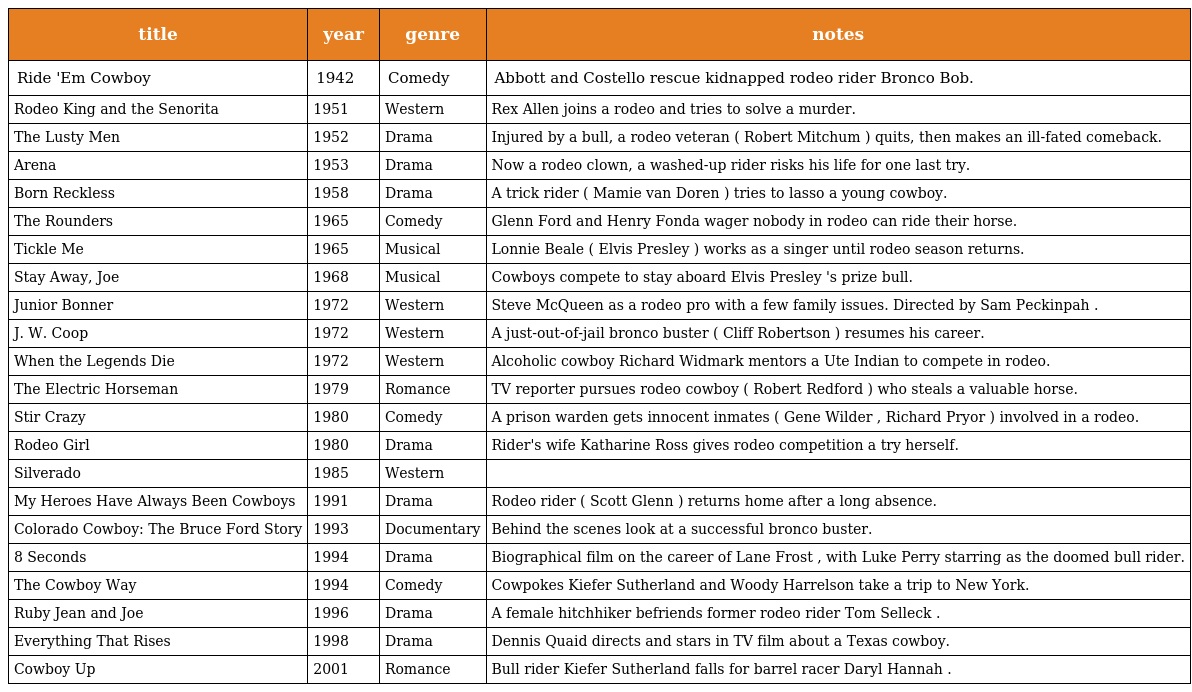
| title | year | genre | notes |
 | --- | --- | --- | --- |
 | Ride 'Em Cowboy | 1942 | Comedy | Abbott and Costello rescue kidnapped rodeo rider Bronco Bob. |
 | Rodeo King and the Senorita | 1951 | Western | Rex Allen joins a rodeo and tries to solve a murder. |
 | The Lusty Men | 1952 | Drama | Injured by a bull, a rodeo veteran ( Robert Mitchum ) quits, then makes an ill-fated comeback. |
 | Arena | 1953 | Drama | Now a rodeo clown, a washed-up rider risks his life for one last try. |
 | Born Reckless | 1958 | Drama | A trick rider ( Mamie van Doren ) tries to lasso a young cowboy. |
 | The Rounders | 1965 | Comedy | Glenn Ford and Henry Fonda wager nobody in rodeo can ride their horse. |
 | Tickle Me | 1965 | Musical | Lonnie Beale ( Elvis Presley ) works as a singer until rodeo season returns. |
 | Stay Away, Joe | 1968 | Musical | Cowboys compete to stay aboard Elvis Presley 's prize bull. |
 | Junior Bonner | 1972 | Western | Steve McQueen as a rodeo pro with a few family issues. Directed by Sam Peckinpah . |
 | J. W. Coop | 1972 | Western | A just-out-of-jail bronco buster ( Cliff Robertson ) resumes his career. |
 | When the Legends Die | 1972 | Western | Alcoholic cowboy Richard Widmark mentors a Ute Indian to compete in rodeo. |
 | The Electric Horseman | 1979 | Romance | TV reporter pursues rodeo cowboy ( Robert Redford ) who steals a valuable horse. |
 | Stir Crazy | 1980 | Comedy | A prison warden gets innocent inmates ( Gene Wilder , Richard Pryor ) involved in a rodeo. |
 | Rodeo Girl | 1980 | Drama | Rider's wife Katharine Ross gives rodeo competition a try herself. |
 | Silverado | 1985 | Western |  |
 | My Heroes Have Always Been Cowboys | 1991 | Drama | Rodeo rider ( Scott Glenn ) returns home after a long absence. |
 | Colorado Cowboy: The Bruce Ford Story | 1993 | Documentary | Behind the scenes look at a successful bronco buster. |
 | 8 Seconds | 1994 | Drama | Biographical film on the career of Lane Frost , with Luke Perry starring as the doomed bull rider. |
 | The Cowboy Way | 1994 | Comedy | Cowpokes Kiefer Sutherland and Woody Harrelson take a trip to New York. |
 | Ruby Jean and Joe | 1996 | Drama | A female hitchhiker befriends former rodeo rider Tom Selleck . |
 | Everything That Rises | 1998 | Drama | Dennis Quaid directs and stars in TV film about a Texas cowboy. |
 | Cowboy Up | 2001 | Romance | Bull rider Kiefer Sutherland falls for barrel racer Daryl Hannah . |